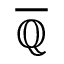
\overline { { \mathbb { Q } } }